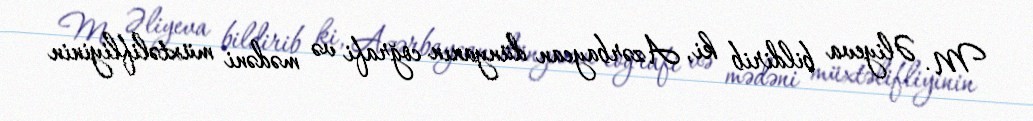
M. Əliyeva bildirib ki, Azərbaycan dünyanın coğrafi və mədəni müxtəlifliyinin